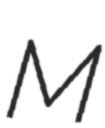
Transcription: M